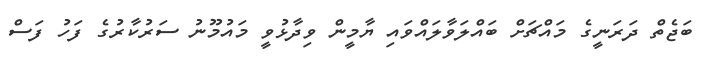
ބަޖެތް ދަރަނީގެ މައްޗަށް ބައްލަވާލައްވައި ޔާމީން ވިދާޅުވީ މައުމޫނު ސަރުކާރުގެ ފަހު ފަސް